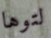
لتوها